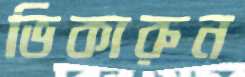
ভিকারুন